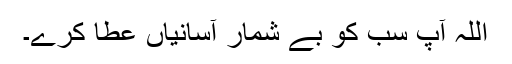
اللہ آپ سب کو بے شمار آسانیاں عطا کرے۔